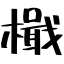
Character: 檝